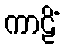
ကာဠိံ